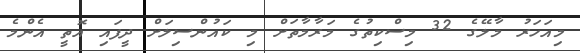
މިއަހަރު މާލޭގެ 32 މިސްކިތުގެ މަރާމާތަށް މި ކައުންސިލަށް ދީފައި އޮތީ އެންމެ